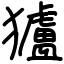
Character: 獹